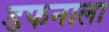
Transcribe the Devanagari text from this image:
डफनाला